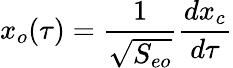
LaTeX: x_{o}(\tau)={\frac{1}{\sqrt{S_{eo}}}}{\frac{dx_{c}}{d\tau}}